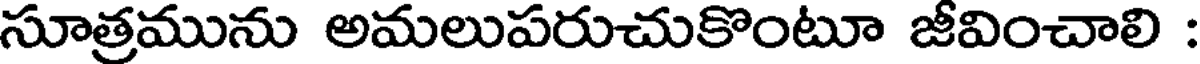
సూత్రమును అమలుపరుచుకొంటూ జీవించాలి :